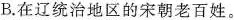
B.在辽统治地区的宋朝老百姓。